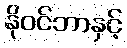
နိုဝင်ဘာနှင့်